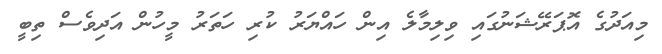
މިއަދުގެ އޮޕަރޭޝަނުގައި ވިލިމާލެ އިން ހައްޔަރު ކުރި ހަތަރު މީހުން އަދިވެސް ތިބީ